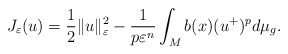
\begin{align*}J_{\varepsilon}(u)=\frac{1}{2}\Vert u\Vert_{\varepsilon}^{2}-\frac{1}{p\varepsilon^{n}}\int_{M}b(x)(u^{+})^{p}d\mu_{g}.\end{align*}